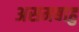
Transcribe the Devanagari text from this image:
असमबाहु